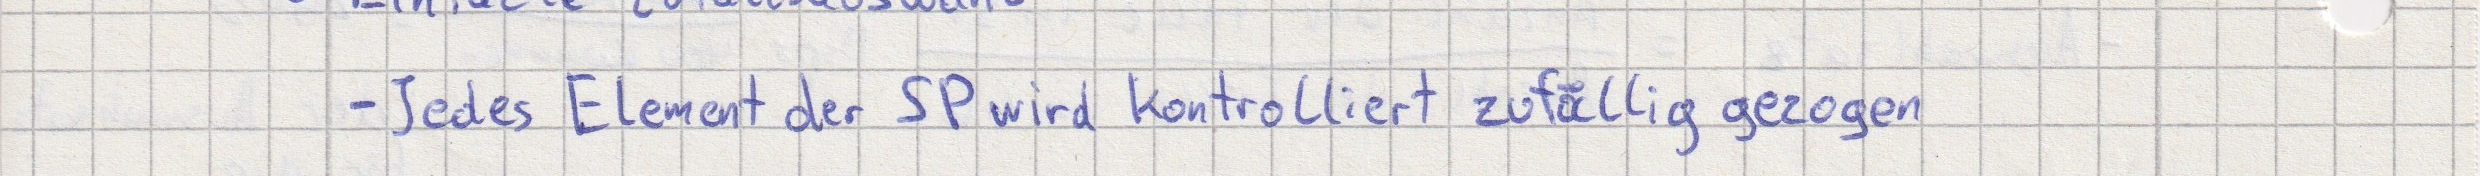
- Jedes Element der SP wird kontrolliert zufällig gezogen